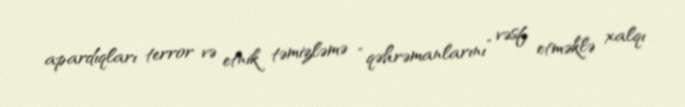
apardıqları terror və etnik təmizləmə “qəhrəmanlarını” vəsf etməklə xalqı